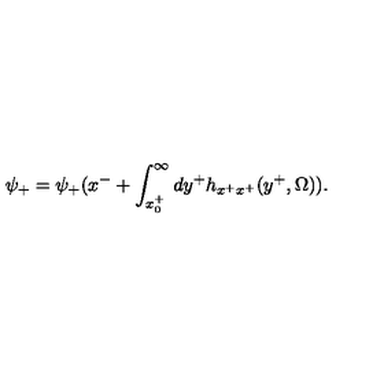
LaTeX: \psi _ { + } = \psi _ { + } ( x ^ { - } + \int _ { x _ { 0 } ^ { + } } ^ { \infty } d y ^ { + } h _ { x ^ { + } x ^ { + } } ( y ^ { + } , \Omega ) ) .